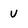
Character: v